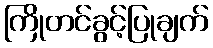
ကြိုတင်ခွင့်ပြုချက်